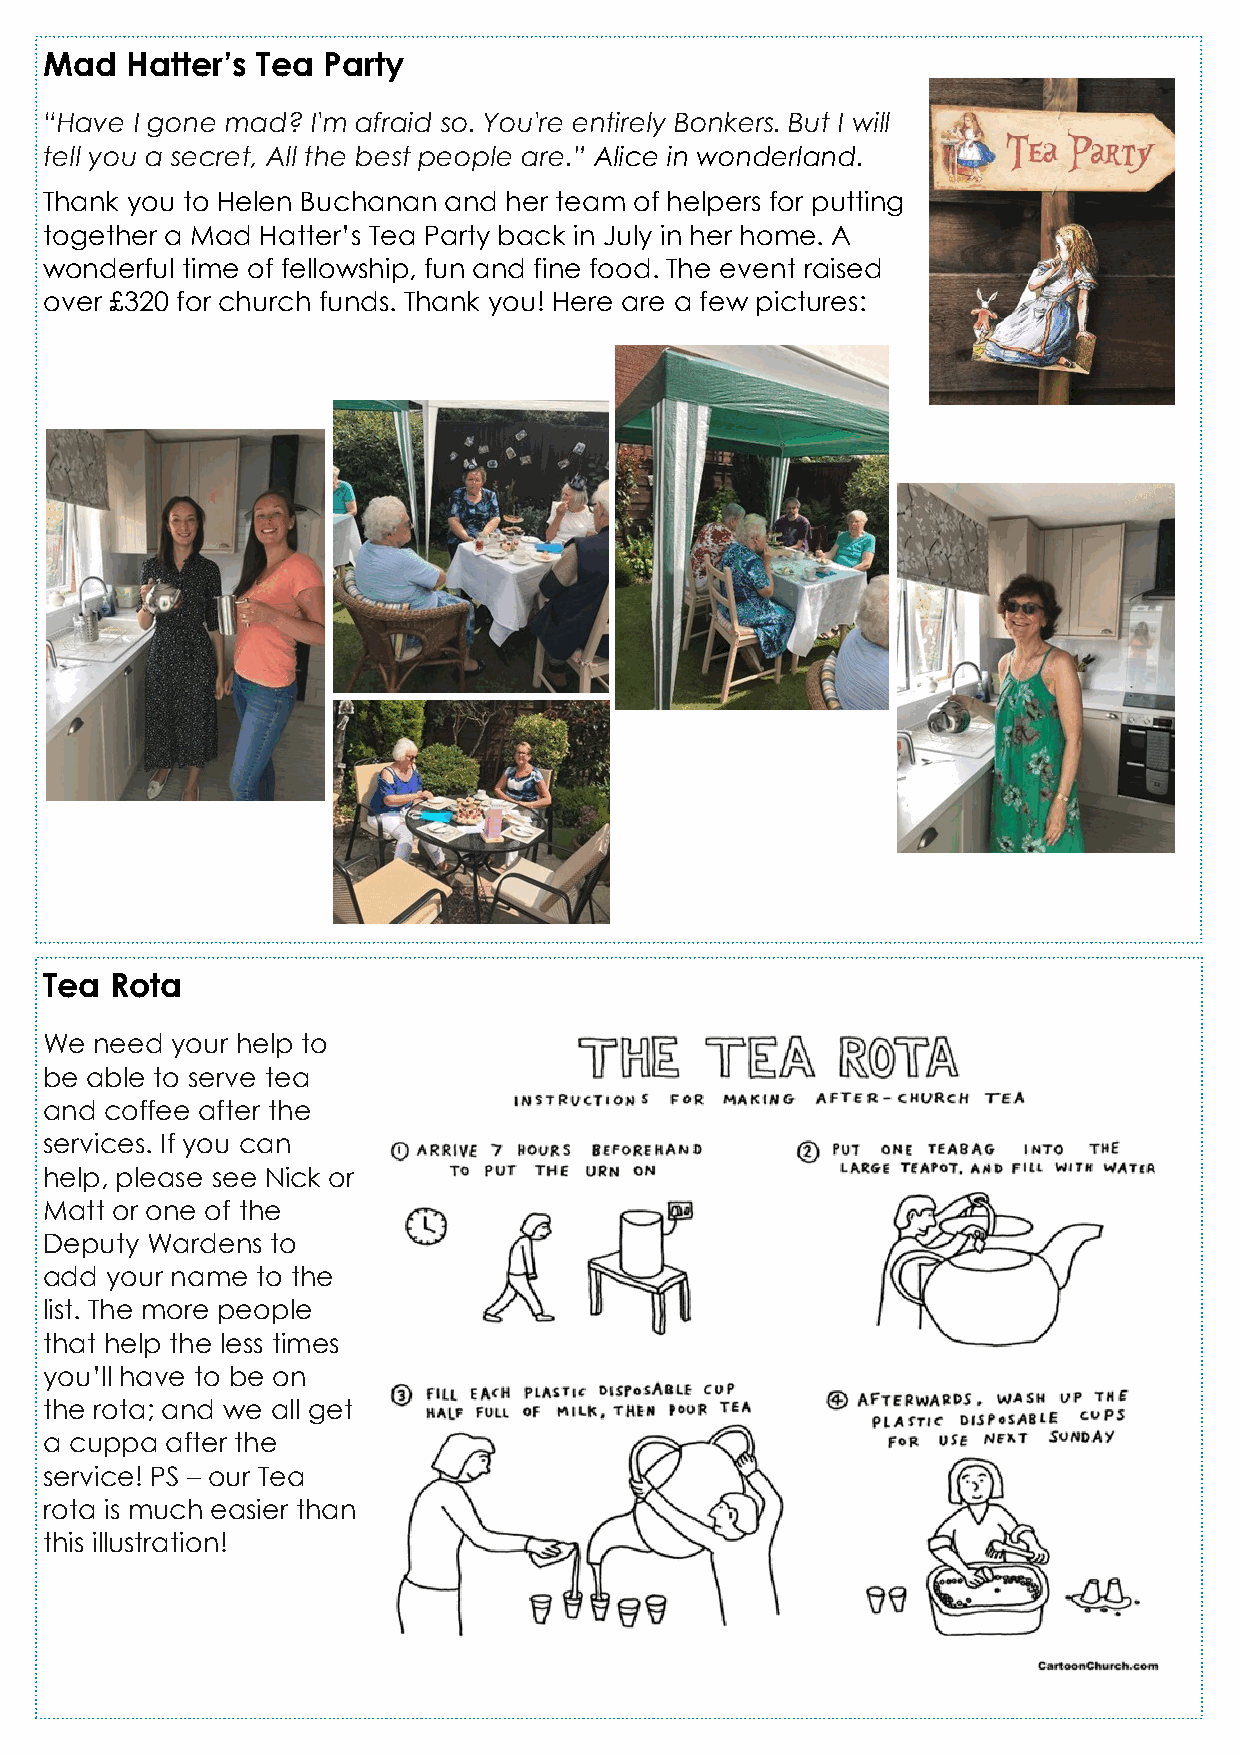
Mad  Hatter’s Tea Party
 “Have I gone mad? I'm afraid so. You're entirely Bonkers. But I will
 tell you a secret, All the best people are.” Alice in wonderland.
 Thank you to Helen Buchanan and her team of helpers for putting
 together a Mad Hatter’s Tea Party back in July in her home. A
 wonderful time of fellowship, fun and fine food. The event raised
 over £320 for church funds. Thank you! Here are a few pictures:
 Tea Rota
 We need your help to
 be able to serve tea
 and coffee after the
 services. If you can
 help, please see Nick or
 Matt or one of the
 Deputy Wardens to
 add your name to the
 list. The more people
 that help the less times
 you’ll have to be on
 the rota; and we all get
 a cuppa after the
 service! PS – our Tea
 rota is much easier than
 this illustration!